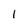
Character: I